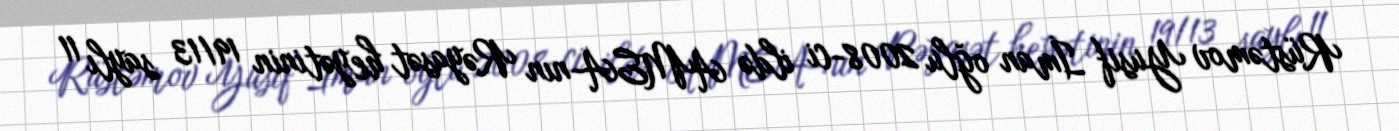
Rüstəmov Yusif İman oğlu 2008-ci ildə AMEA-nın Rəyasət heyətinin 19/13 saylı 11